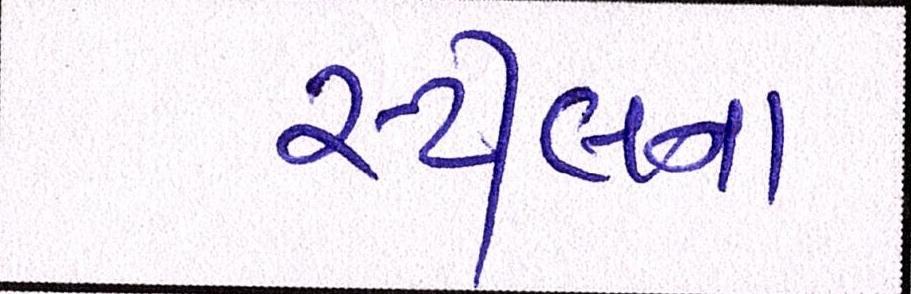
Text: સ્ટીલના